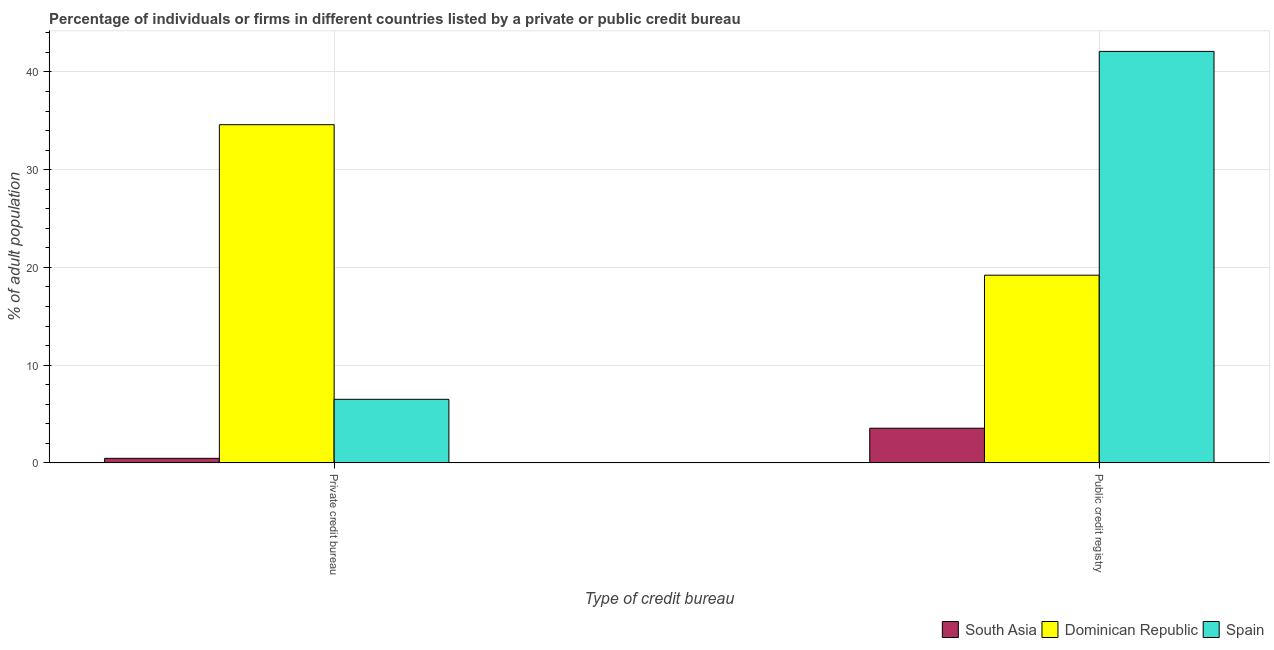
| Type of credit bureau | South Asia | Dominican Republic | Spain |
 | --- | --- | --- | --- |
 | Private credit bureau | 0.46 | 34.6 | 6.5 |
 | Public credit registry | 3.54 | 19.2 | 42.1 |